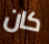
كان